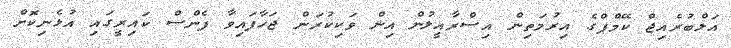
އަލްބުރެއިޖް ކޭމްޕްގެ އިރުމަތިން އިސްރާއީލުން އިން ވަކިކުރަން ޖަހާފައިވާ ފެންސް ކައިރީގައި އުޅެނިކޮށް